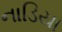
નાડિયા